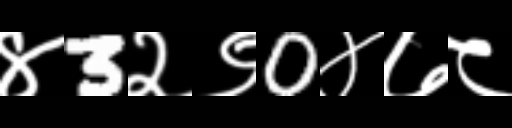
Text: ४3२९0४७८